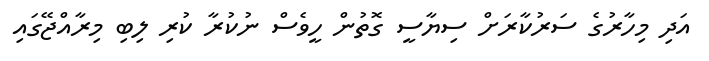
އަދި މިހާރުގެ ސަރުކާރަށް ސިޔާސީ ގޮތުން ހީވެސް ނުކުރާ ކުރި ލިބި މިރާއްޖޭގައި